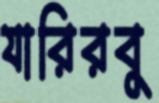
যারিরবু